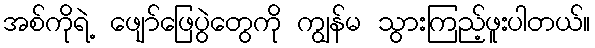
အစ်ကိုရဲ့ ဖျော်ဖြေပွဲတွေကို ကျွန်မ သွားကြည့်ဖူးပါတယ်။